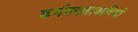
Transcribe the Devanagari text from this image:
कर्मण्यतावादियों